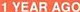
1 YEAR AGO